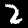
Digit: 2